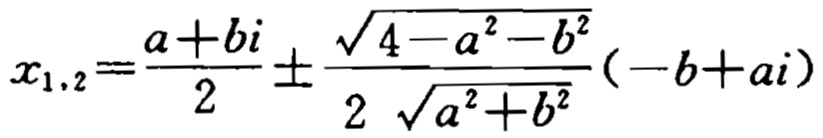
\[x_{1,2}=\frac{a + bi}{2}\pm\frac{\sqrt{4 - a^{2}-b^{2}}}{2\sqrt{a^{2}+b^{2}}}(-b + ai)\]